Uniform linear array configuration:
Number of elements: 64
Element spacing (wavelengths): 0.5
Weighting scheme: cosine
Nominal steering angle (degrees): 15
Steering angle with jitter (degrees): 15.703
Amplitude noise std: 0.05
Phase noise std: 0.05

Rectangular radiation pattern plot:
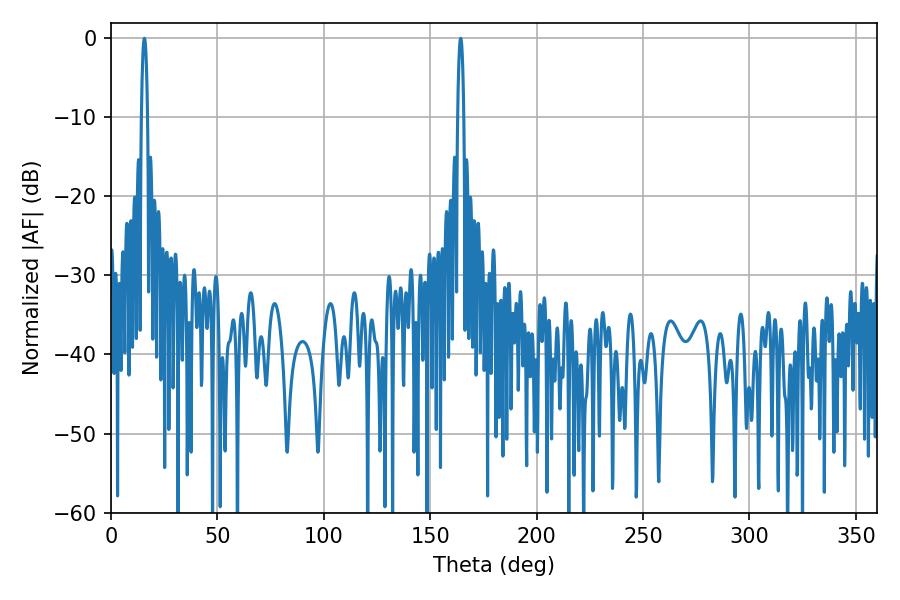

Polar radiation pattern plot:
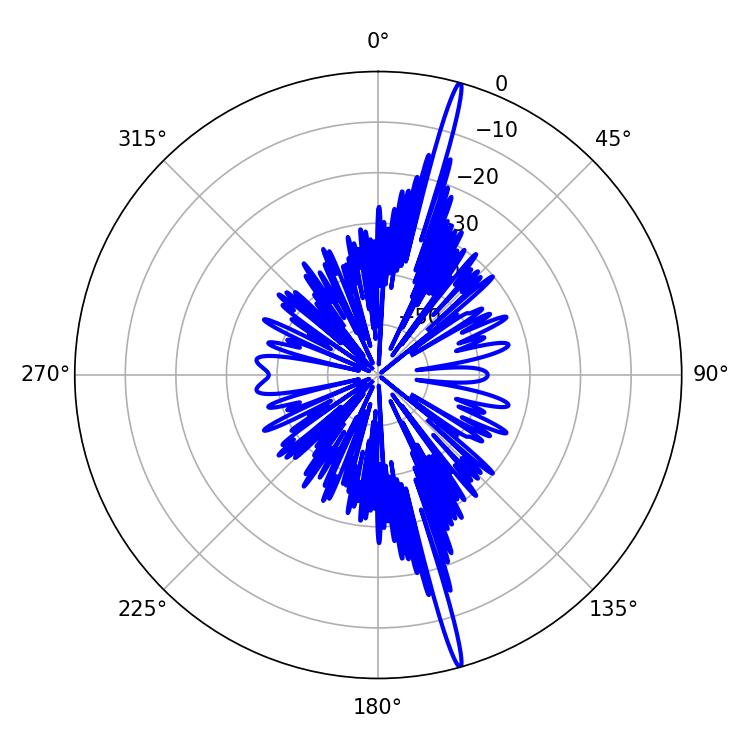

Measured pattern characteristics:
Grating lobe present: FALSE
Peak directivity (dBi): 20.507
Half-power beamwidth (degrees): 1.62
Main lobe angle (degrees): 15.66